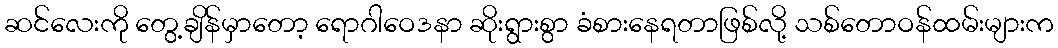
ဆင်လေးကို တွေ့ချိန်မှာတော့ ရောဂါဝေဒနာ ဆိုးရွားစွာ ခံစားနေရတာဖြစ်လို့ သစ်တောဝန်ထမ်းများက